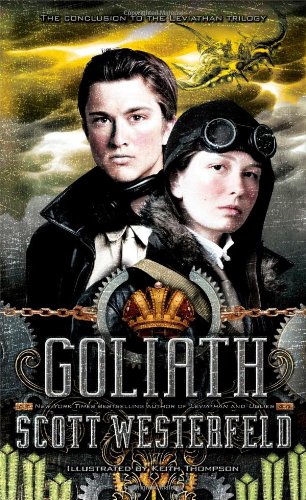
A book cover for Goliath (The Leviathan Trilogy); Scott Westerfeld; Teen & Young Adult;